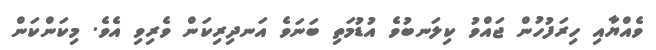
ވެއްޔާއި ހިރަފުހުން ޖައްވު ކިލަނބުވެ އުޑުމަތި ބަނަވެ އަނދިރިކަން ވެރިވި އެވެ. މިކަންކަން